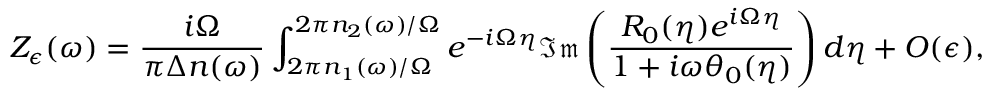
Z _ { \epsilon } ( \omega ) = \frac { i \Omega } { \pi \Delta n ( \omega ) } \int _ { 2 \pi n _ { 1 } ( \omega ) / \Omega } ^ { 2 \pi n _ { 2 } ( \omega ) / \Omega } e ^ { - i \Omega \eta } \mathfrak { I m } \left( \frac { R _ { 0 } ( \eta ) e ^ { i \Omega \eta } } { 1 + i \omega \theta _ { 0 } ( \eta ) } \right) d \eta + O ( \epsilon ) ,